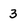
Character: 3